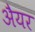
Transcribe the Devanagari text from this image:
अैयर